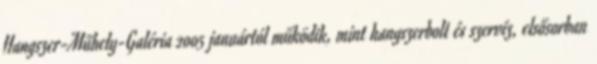
Hangszer-Műhely-Galéria 2005 januártól működik, mint hangszerbolt és szervíz, elsősorban